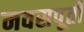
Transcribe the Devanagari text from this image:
नवसपूर्ती